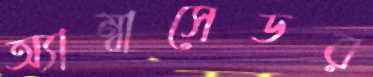
অ্যাম্বাসেডর